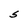
Character: S